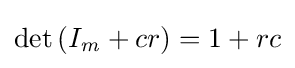
\det \left(I_{\mathit {m}}+cr\right)=1+rc